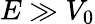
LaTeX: E\gg V_{0}